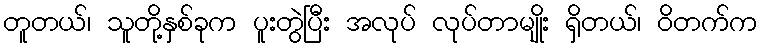
တူတယ်၊ သူတို့နှစ်ခုက ပူးတွဲပြီး အလုပ် လုပ်တာမျိုး ရှိတယ်၊ ဝိတက်က